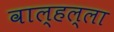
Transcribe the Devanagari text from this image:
वाल्हल्ला